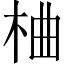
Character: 𪲇